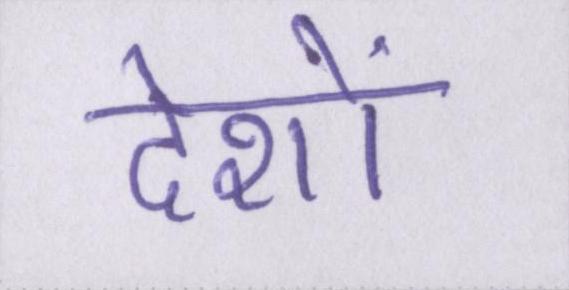
देशों